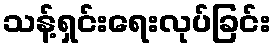
သန့်ရှင်းရေးလုပ်ခြင်း